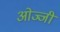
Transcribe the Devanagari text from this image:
ओज्जी